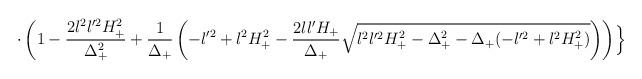
LaTeX: \begin{align*}\cdot \left( 1-\frac{2l^{2}l'^{2}H_{+}^{2}}{\Delta_{+}^{2}} +\frac{1}{\Delta_{+}}\left( -l'^{2}+l^{2}H_{+}^{2}-\frac{2ll' H_{+}}{\Delta_{+}}\sqrt{l^{2}l'^{2}H_{+}^{2}-\Delta_{+}^{2}-\Delta_{+} (-l'^{2}+l^{2}H_{+}^{2})} \right) \right) \Bigr\}\end{align*}